Report of the Municipal Commissioner on the plague in Bombay for the year ending 31st May... - Volume 1
Disease focus: Plague
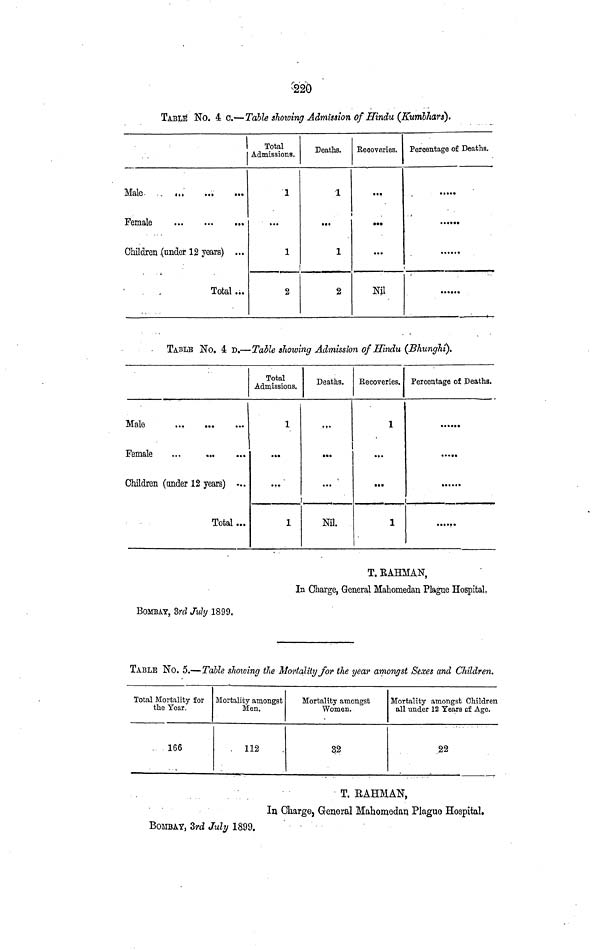
220
TABLe No. 4 c.—Table showing Admission of Hindu (Kumbhars).
Male.
Female
Children (under 12 years) ..
Total ...
Total
Admissions.
1
...
1
2
Deaths.
1
...
1
2
Reooveries.
•••
•••
...
Nil
Percentage of Deaths.
. •
••
TABLE No. 4 D. — Table showing Admission of Hindu (Bhunghi).
Male
Female
...
Children (under 12 years) ...
Total ...
Total
Admissions.
1
• ••
...
1
Deaths.
...
•••
...
Nil.
Recoveries.
1
•
...
1
Percentage of Deaths.
•••••••
• • ••
T. RAHMAN,
In Charge, General Mahomedan Plague Hospital.
BOMBAY, 3rd July 1899.
TABLE No. 5.—Table showing the Mortality for the year amongst Sexes and Children.
Total Mortality for
the Year.
166
Mortality amongst
Men.
112
Mortality amongst
Women.
32
Mortality amongst Children
all under 12 Tears of Age.
22
T. RAHMAN,
In Charge, General Mahomedan Plague Hospital.
BOMBAY, 3rd July 1899.